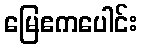
မြေဧကပေါင်း